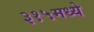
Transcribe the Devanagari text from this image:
३१५मध्ये